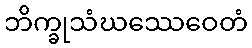
ဘိက္ခုသံဃဿေဝေတံ